Indian journal of veterinary science and animal husbandry - Volume 9,
Year: 1939
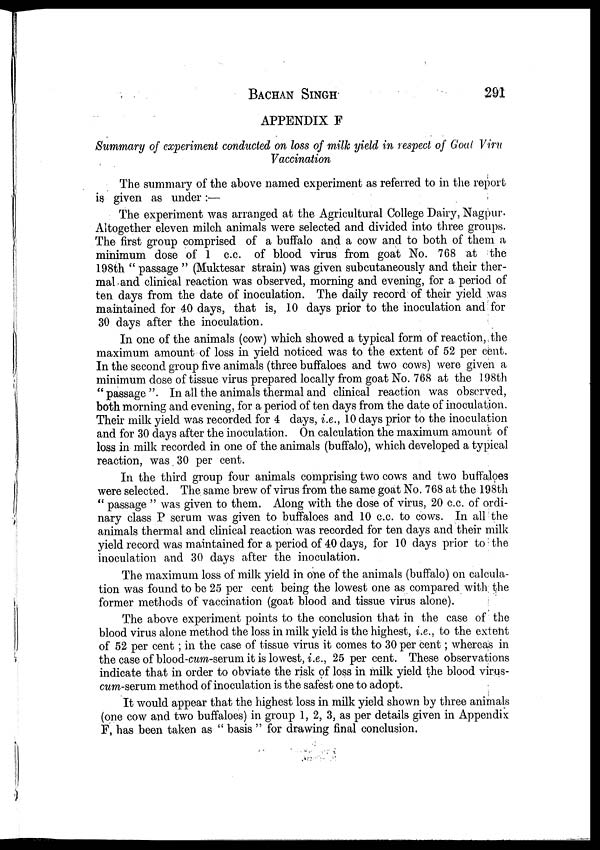
BACHAN SINGH 291
APPENDIX F
Summary of experiment conducted on loss of milk yield in respect of Goal Viru
Vaccination
The summary of the above named experiment as referred to in the report
is given as under :—
The experiment was arranged at the Agricultural College Dairy, Nagpur.
Altogether eleven milch animals were selected and divided into three groups.
The first group comprised of a buffalo and a cow and to both of them a
minimum dose of 1 c.c. of blood virus from goat No. 768 at the
198th " passage " (Muktesar strain) was given subcutaneously and their ther-
mal and clinical reaction was observed, morning and evening, for a period of
ten days from the date of inoculation. The daily record of their yield was
maintained for 40 days, that is, 10 days prior to the inoculation and for
30 days after the inoculation.
In one of the animals (cow) which showed a typical form of reaction,:the
maximum amount of loss in yield noticed was to the extent of 52 per cent.
In the second group five animals (three buffaloes and two cows) were given a
minimum dose of tissue virus prepared locally from goat No. 768 at the 198th
"passage". In all the animals thermal and clinical reaction was observed,
both morning and evening, for a period of ten days from the date of inoculation.
Their milk yield was recorded for 4 days, i.e., 10 days prior to the inoculation
and for 30 days after the inoculation. On calculation the maximum amount of
loss in milk recorded in one of the animals (buffalo), which developed a typical
reaction, was 30 per cent.
In the third group four animals comprising two cows and two buffaloes
were selected. The same brew of virus from the same goat No. 768 at the 198th
" passage " was given to them. Along with the dose of virus, 20 c.c. of ordi-
nary class P serum was given to buffaloes and 10 c.c. to cows. In all the
animals thermal and clinical reaction was recorded for ten days and their milk
yield record was maintained for a period of 40 days, for 10 days prior to the
inoculation and 30 days after the inoculation.
The maximum loss of milk yield in one of the animals (buffalo) on calcula-
tion was found to be 25 per cent being the lowest one as compared with the
former methods of vaccination (goat blood and tissue virus alone).
The above experiment points to the conclusion that in the case of the
blood virus alone method the loss in milk yield is the highest, i.e., to the extent
of 52 per cent ; in the case of tissue virus it comes to 30 per cent; whereas in
the case of blood-cum-serum it is lowest, i.e., 25 per cent. These observations
indicate that in order to obviate the risk of loss in milk yield the blood virus¬
cum-serum. method of inoculation is the safest one to adopt.
It would appear that the highest loss in milk yield shown by three animals
(one cow and two buffaloes) in group 1, 2, 3, as per details given in Appendix
F, has been taken as " basis " for drawing final conclusion.